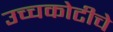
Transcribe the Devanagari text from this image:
उच्चकोटीचे